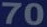
70